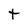
Character: t